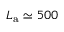
L _ { \mathrm { a } } \simeq 5 0 0